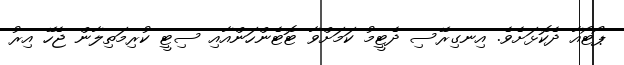
ޕޯޓޯއާ ދެކޮޅަށެވެ. އިނގިރޭސި ދެޓީމު ކަމަށްވާ ޓޮޓެންހަންއާއި ސިޓީ ކުރިމަތިލާން ޖެހޭ އިރު